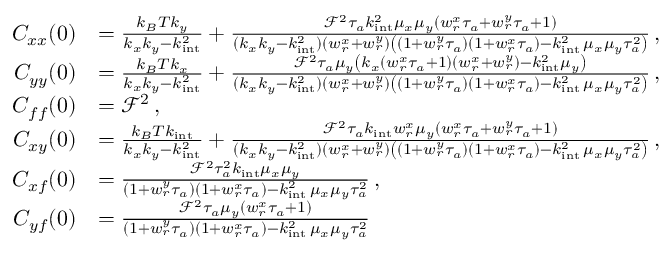
\begin{array} { r l } { C _ { x x } ( 0 ) } & { = \frac { k _ { B } T k _ { y } } { k _ { x } k _ { y } - k _ { \mathrm { i n t } } ^ { 2 } } + \frac { \mathcal { F } ^ { 2 } \tau _ { a } k _ { \mathrm { i n t } } ^ { 2 } \mu _ { x } \mu _ { y } ( w _ { r } ^ { x } \tau _ { a } + w _ { r } ^ { y } \tau _ { a } + 1 ) } { ( k _ { x } k _ { y } - k _ { \mathrm { i n t } } ^ { 2 } ) ( w _ { r } ^ { x } + w _ { r } ^ { y } ) \left( ( 1 + w _ { r } ^ { y } \tau _ { a } ) ( 1 + w _ { r } ^ { x } \tau _ { a } ) - k _ { \mathrm { i n t } } ^ { 2 } \, \mu _ { x } \mu _ { y } \tau _ { a } ^ { 2 } \right) } \, , } \\ { C _ { y y } ( 0 ) } & { = \frac { k _ { B } T k _ { x } } { k _ { x } k _ { y } - k _ { \mathrm { i n t } } ^ { 2 } } + \frac { \mathcal { F } ^ { 2 } \tau _ { a } \mu _ { y } \left( k _ { x } ( w _ { r } ^ { x } \tau _ { a } + 1 ) ( w _ { r } ^ { x } + w _ { r } ^ { y } ) - k _ { \mathrm { i n t } } ^ { 2 } \mu _ { y } \right) } { ( k _ { x } k _ { y } - k _ { \mathrm { i n t } } ^ { 2 } ) ( w _ { r } ^ { x } + w _ { r } ^ { y } ) \left( ( 1 + w _ { r } ^ { y } \tau _ { a } ) ( 1 + w _ { r } ^ { x } \tau _ { a } ) - k _ { \mathrm { i n t } } ^ { 2 } \, \mu _ { x } \mu _ { y } \tau _ { a } ^ { 2 } \right) } \, , } \\ { C _ { f f } ( 0 ) } & { = \mathcal { F } ^ { 2 } \, , } \\ { C _ { x y } ( 0 ) } & { = \frac { k _ { B } T k _ { \mathrm { i n t } } } { k _ { x } k _ { y } - k _ { \mathrm { i n t } } ^ { 2 } } + \frac { \mathcal { F } ^ { 2 } \tau _ { a } k _ { \mathrm { i n t } } w _ { r } ^ { x } \mu _ { y } ( w _ { r } ^ { x } \tau _ { a } + w _ { r } ^ { y } \tau _ { a } + 1 ) } { ( k _ { x } k _ { y } - k _ { \mathrm { i n t } } ^ { 2 } ) ( w _ { r } ^ { x } + w _ { r } ^ { y } ) \left( ( 1 + w _ { r } ^ { y } \tau _ { a } ) ( 1 + w _ { r } ^ { x } \tau _ { a } ) - k _ { \mathrm { i n t } } ^ { 2 } \, \mu _ { x } \mu _ { y } \tau _ { a } ^ { 2 } \right) } \, , } \\ { C _ { x f } ( 0 ) } & { = \frac { \mathcal { F } ^ { 2 } \tau _ { a } ^ { 2 } k _ { \mathrm { i n t } } \mu _ { x } \mu _ { y } } { ( 1 + w _ { r } ^ { y } \tau _ { a } ) ( 1 + w _ { r } ^ { x } \tau _ { a } ) - k _ { \mathrm { i n t } } ^ { 2 } \, \mu _ { x } \mu _ { y } \tau _ { a } ^ { 2 } } \, , } \\ { C _ { y f } ( 0 ) } & { = \frac { \mathcal { F } ^ { 2 } \tau _ { a } \mu _ { y } ( w _ { r } ^ { x } \tau _ { a } + 1 ) } { ( 1 + w _ { r } ^ { y } \tau _ { a } ) ( 1 + w _ { r } ^ { x } \tau _ { a } ) - k _ { \mathrm { i n t } } ^ { 2 } \, \mu _ { x } \mu _ { y } \tau _ { a } ^ { 2 } } \, } \end{array}